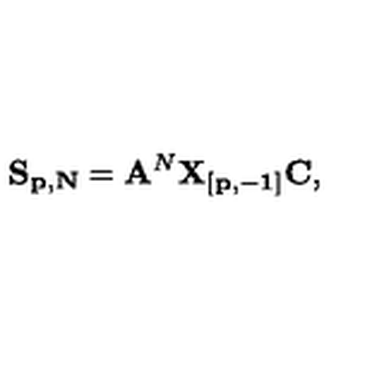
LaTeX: { \bf S _ { p , N } } = { \bf A } ^ { N } { \bf X _ { [ p , - 1 ] } C } ,